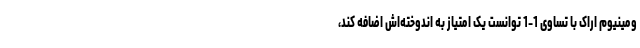
ومینیوم اراک با تساوی 1-1 توانست یک امتیاز به اندوخته‌اش اضافه کند،